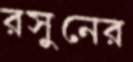
রসুনের